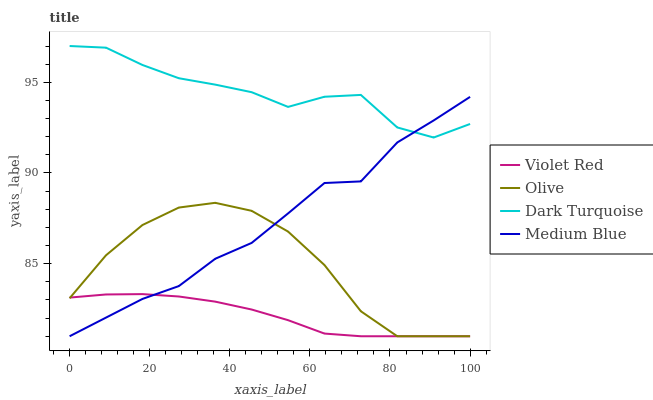
| xaxis_label | Violet Red | Olive | Dark Turquoise | Medium Blue |
 | --- | --- | --- | --- | --- |
 | 0 | 83.1 | 83.1 | 97 | 81 |
 | 9.09 | 83.3 | 85.5 | 96.9 | 82 |
 | 18.2 | 83.3 | 87.1 | 96 | 83.1 |
 | 27.3 | 83.2 | 88.1 | 95.2 | 83.8 |
 | 36.4 | 82.9 | 88.4 | 94.9 | 85.3 |
 | 45.5 | 82.5 | 87.9 | 94.5 | 86.1 |
 | 54.5 | 81.9 | 86.8 | 93.6 | 87.8 |
 | 63.6 | 81.1 | 84.9 | 94.2 | 89.4 |
 | 72.7 | 81 | 82.4 | 94.3 | 89.5 |
 | 81.8 | 81 | 81 | 92.5 | 91.7 |
 | 90.9 | 81 | 81 | 92 | 92.9 |
 | 100 | 81 | 81 | 92.7 | 94.2 |